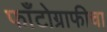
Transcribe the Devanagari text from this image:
फाँटोग्राफीचा